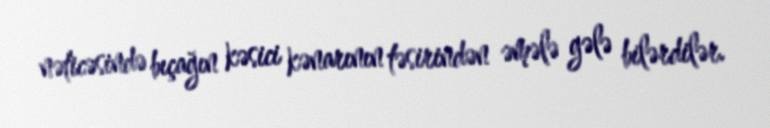
nəticəsində bıçağın kəsici kənarının təsirindən əmələ gələ bilərdilər.